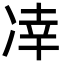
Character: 㓑